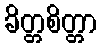
ခိတ္တစိတ္တာ